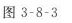
图3-8-3